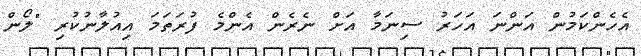
އެހެންކަމުން އަންނަ އަހަރު ސިނަމާ އަށް ނެރެން އެންމެ ފުރަތަމަ އިއުލާނުކުރި "ލޯން